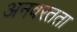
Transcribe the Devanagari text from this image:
अनवरतता